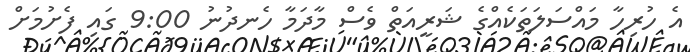
އެ ހުރިހާ މައްސަލަތަކެއްގެ ޝަރީއަތް ވެސް މާދަމާ ހެނދުނު 9:00 ގައި ފެށުމަށް